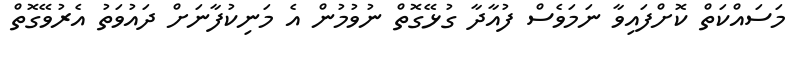
މަސައްކަތް ކޮށްފައިވާ ނަމަވެސް ފުއާދާ ގުޅޭގޮތް ނުވުމުން އެ މަނިކުފާނަށް ދައުވަތު އެރުވޭގޮތް